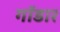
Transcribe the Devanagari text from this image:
गॉडार